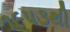
૧૯૫૩થી